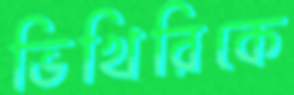
ভিখিরিকে